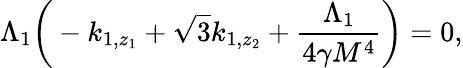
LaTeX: \Lambda_{1}\bigg(-k_{1,z_{1}}+\sqrt{3}k_{1,z_{2}}+\frac{\Lambda_{1}}{4\gamma M^{4}}\bigg)=0,